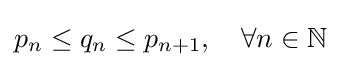
p_{n}\leq q_{n}\leq p_{n+1},\quad \forall n\in \mathbb {N}